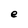
Character: e